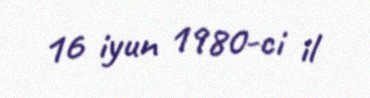
16 iyun 1980-ci il